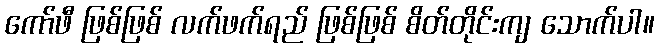
ကော်ဖီ ဖြစ်ဖြစ် လက်ဖက်ရည် ဖြစ်ဖြစ် စိတ်တိုင်းကျ သောက်ပါ။